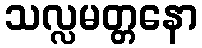
သလ္လမတ္တနော